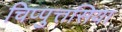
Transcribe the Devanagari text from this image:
चिप्पुत्तसिया